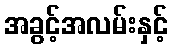
အခွင့်အလမ်းနှင့်